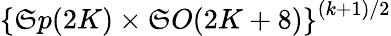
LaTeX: \left\{ \mathfrak{S}p(2K)\times\mathfrak{S}O(2K+8)\right\} ^{(k+1)/2}